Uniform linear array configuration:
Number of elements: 8
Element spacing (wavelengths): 1
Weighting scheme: binomial
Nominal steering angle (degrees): -45
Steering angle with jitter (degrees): -46.542
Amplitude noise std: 0.05
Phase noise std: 0.05

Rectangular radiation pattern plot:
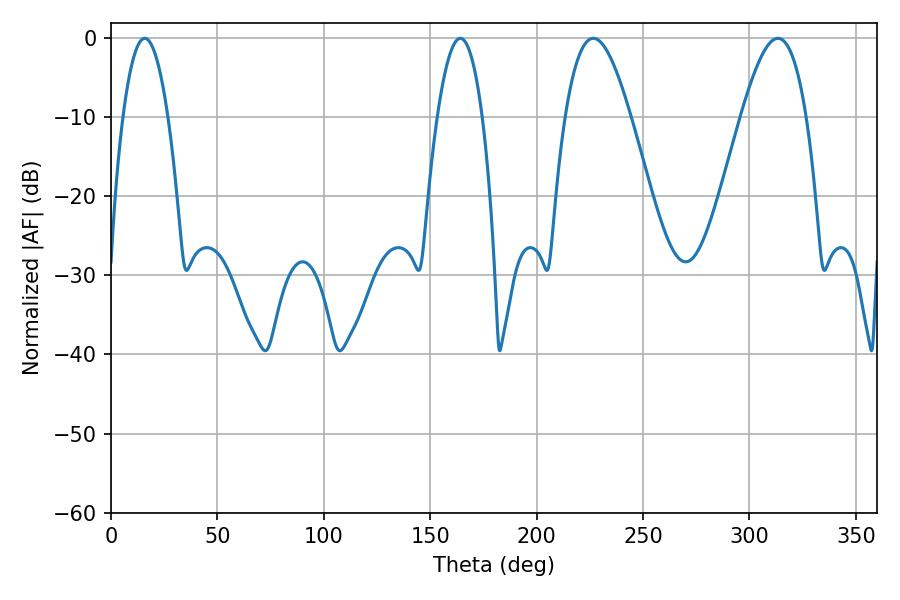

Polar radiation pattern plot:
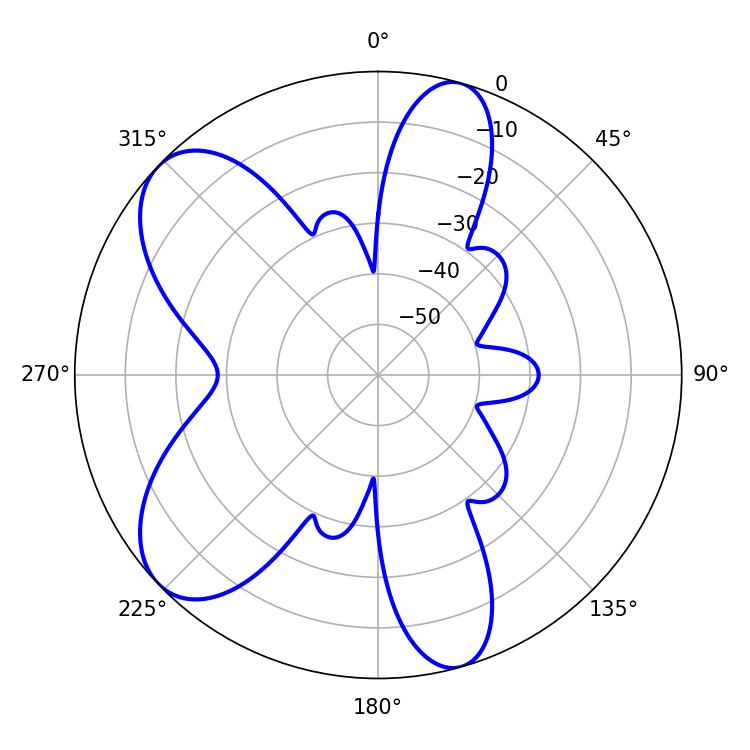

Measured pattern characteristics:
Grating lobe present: TRUE
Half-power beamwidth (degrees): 16.74
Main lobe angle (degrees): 226.62